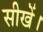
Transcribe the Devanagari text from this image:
सीखें।